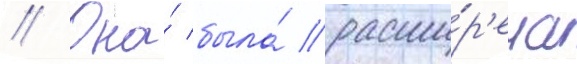
// Она́ была́ расши́р'ена